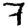
Digit: 7